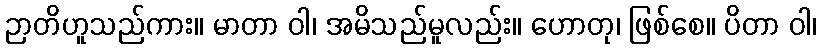
ဉာတိဟူသည်ကား။ မာတာ ဝါ၊ အမိသည်မူလည်း။ ဟောတု၊ ဖြစ်စေ။ ပိတာ ဝါ၊